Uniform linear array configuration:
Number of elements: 32
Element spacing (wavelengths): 0.75
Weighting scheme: blackman
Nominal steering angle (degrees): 60
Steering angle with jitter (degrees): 61.462
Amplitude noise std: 0.05
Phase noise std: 0.05

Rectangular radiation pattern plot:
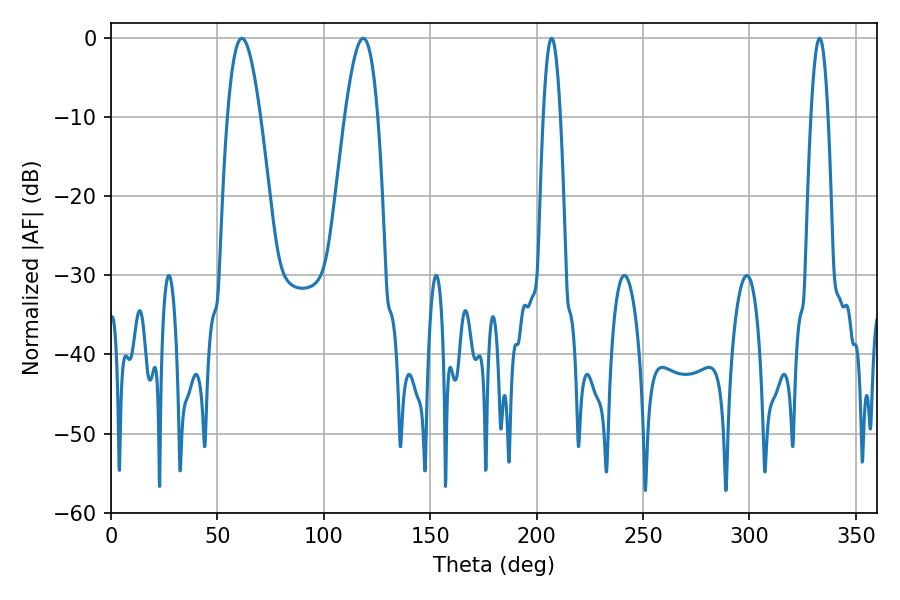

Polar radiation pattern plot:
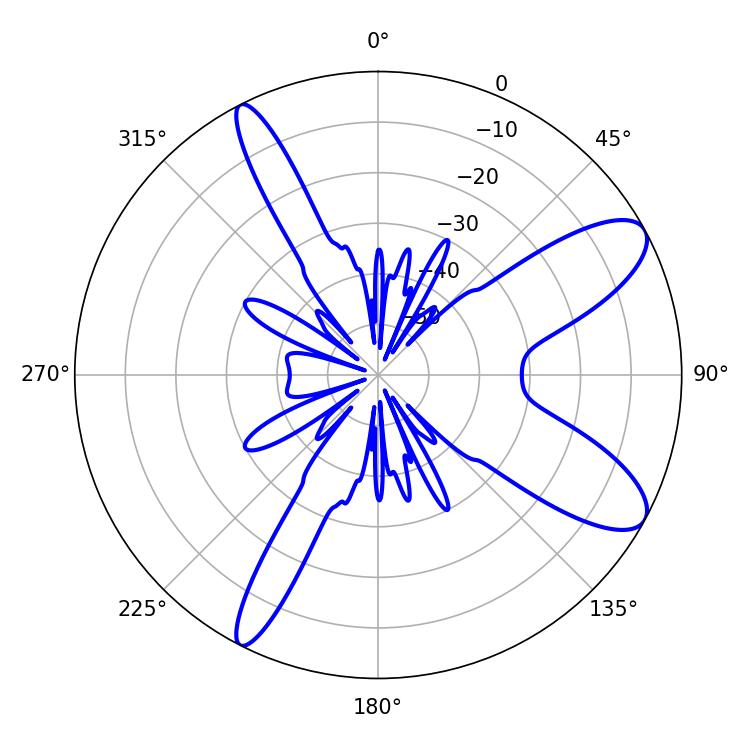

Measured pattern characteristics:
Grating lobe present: TRUE
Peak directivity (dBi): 9.873
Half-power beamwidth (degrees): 8.46
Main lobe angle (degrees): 61.56